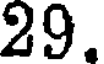
29.